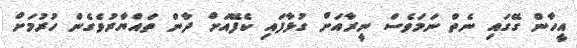
އީހާން ގޭގައި ނެތް ނަމަވެސް ނީރާއަށް ގުޅާފައި ކެފޭއަށް ދާން ތައްޔާރުވެގެން ހުރުމަށް